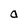
Character: a